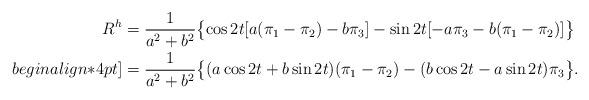
LaTeX: \begin{align*}R^h&=\frac{1}{a^2+b^2}\bigl\{\cos{2t}[a(\pi_1-\pi_2)-b\pi_3]-\sin{2t}[-a\pi_3-b(\pi_1-\pi_2)]\bigr\}\\begin{align*}4pt]&=\frac1{a^2+b^2}\bigl\{(a\cos{2t}+b\sin{2t})(\pi_1-\pi_2)-(b\cos{2t}-a\sin{2t})\pi_3\bigr\}.\end{align*}